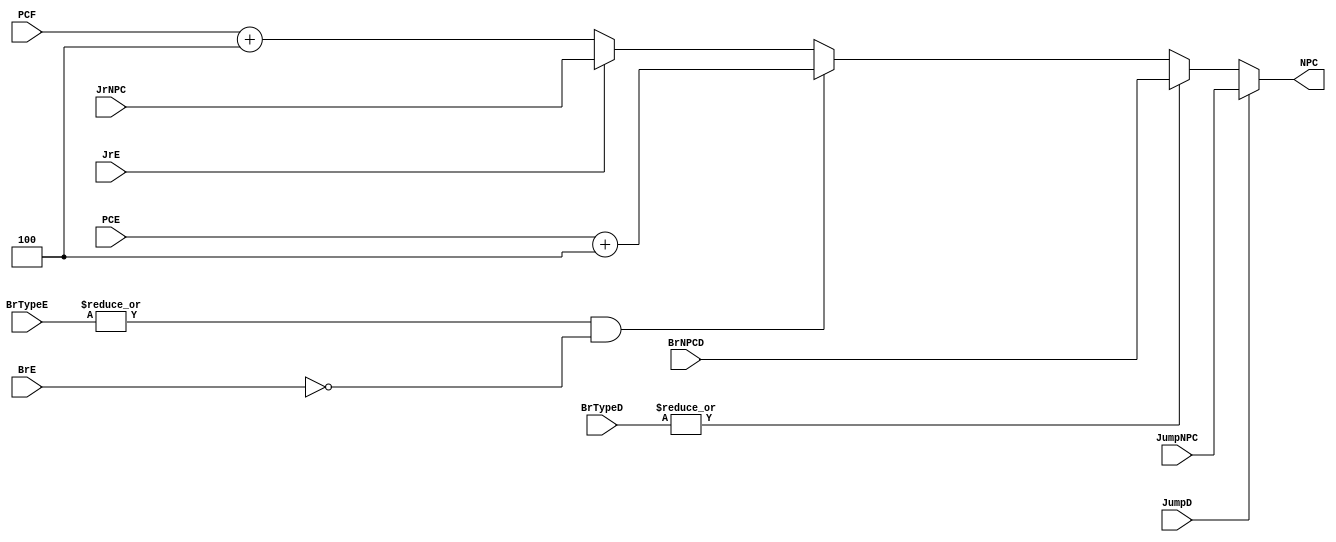
module npc (
    input wire [31:0] PCF,

    input wire JumpD,
    input wire JrE,
    input wire [1:0] BrTypeD,
    input wire [1:0] BrTypeE,
    input wire BrE,
    input wire [31:0] JumpNPC,
    input wire [31:0] JrNPC,
    input wire [31:0] BrNPCD,
    input wire [31:0] PCE,

    output wire [31:0] NPC
);

  // jump directly, branch prediction (taken), wrong branch prediction (back to PC4), jump Rs, else PC4
  assign NPC = (JumpD) ? JumpNPC : (|BrTypeD) ? BrNPCD : ((|BrTypeE) && ~BrE) ? PCE + 4 : (JrE) ? JrNPC : PCF + 4;

endmodule